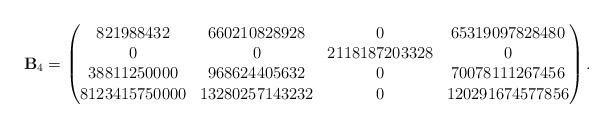
LaTeX: \begin{align*}{\bf B}_4=\begin{pmatrix}821988432 & 660210828928 & 0 & 65319097828480 \\0 & 0 & 2118187203328 & 0 \\38811250000 & 968624405632 & 0 & 70078111267456 \\8123415750000 & 13280257143232 & 0 & 120291674577856\end{pmatrix}.\end{align*}